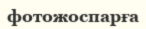
фотожоспарға